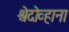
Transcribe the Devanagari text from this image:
श्वेदोव्हाना